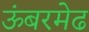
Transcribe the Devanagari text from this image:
ऊंबरमेढ